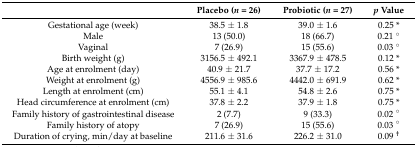
|  | Placebo (n = 26) | Probiotic (n = 27) | p Value |
 | --- | --- | --- | --- |
 | Gestational age (week) | 38.5 ± 1.8 | 39.0 ± 1.6 | 0.25 * |
 | Male | 13 (50.0) | 18 (66.7) | 0.21 ° |
 | Vaginal | 7 (26.9) | 15 (55.6) | 0.03 ° |
 | Birth weight (g) | 3156.5 ± 492.1 | 3367.9 ± 478.5 | 0.12 * |
 | Age at enrolment (day) | 40.9 ± 21.7 | 37.7 ± 17.2 | 0.56 * |
 | Weight at enrolment (g) | 4556.9 ± 985.6 | 4442.0 ± 691.9 | 0.62 * |
 | Length at enrolment (cm) | 55.1 ± 4.1 | 54.8 ± 2.6 | 0.75 * |
 | Head circumference at enrolment (cm) | 37.8 ± 2.2 | 37.9 ± 1.8 | 0.75 * |
 | Family history of gastrointestinal disease | 2 (7.7) | 9 (33.3) | 0.02 ° |
 | Family history of atopy | 7 (26.9) | 15 (55.6) | 0.03 ° |
 | Duration of crying, min/day at baseline | 211.6 ± 31.6 | 226.2 ± 31.0 | 0.09 † |